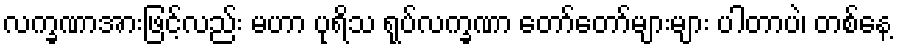
လက္ခဏာအားဖြင့်လည်း မဟာ ပုရိသ ရုပ်လက္ခဏာ တော်တော်များများ ပါတာပဲ၊ တစ်နေ့